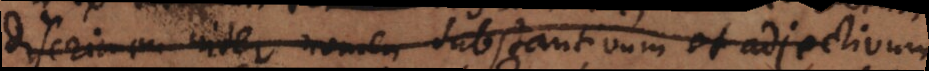
discrimen inter nomen substantivum et adjectivum